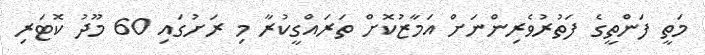
މަތީ ފަންތީގެ ފަތުރުވެރިންނަށް އަމާޒުކޮށް ތަރައްގީކުރާ މި ރަށުގައި 60 މޫދު ކޮޓަރި